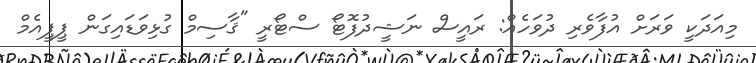
މިއަދަކީ ވަރަށް އުފާވެރި ދުވަހެއް: ރައީސް ނަޝީދުފޮޓޯ ސްޓޯރީ "ޤާސިމް ގުޅިވަޑައިގަން ޕީޕީއެމް